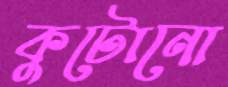
কুটোনো